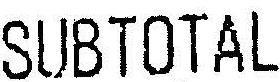
SUBTOTAL